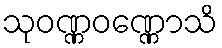
သုဝဏ္ဏဝဏ္ဏောသိ